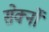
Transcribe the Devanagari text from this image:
सेर्क्नो